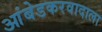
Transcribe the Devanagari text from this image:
आंबेडकरवादाला